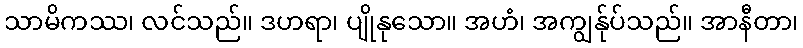
သာမိကဿ၊ လင်သည်။ ဒဟရာ၊ ပျိုနုသော။ အဟံ၊ အကျွန်ုပ်သည်။ အာနီတာ၊